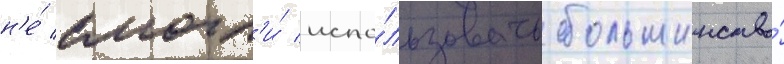
н'е́ смогл'и́ испо́льзовать большинство́